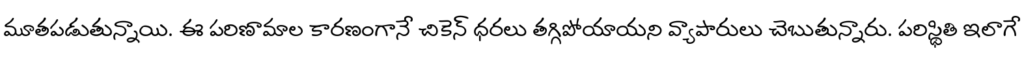
మూతపడుతున్నాయి. ఈ పరిణామాల కారణంగానే చికెన్ ధరలు తగ్గిపోయాయని వ్యాపారులు చెబుతున్నారు. పరిస్థితి ఇలాగే